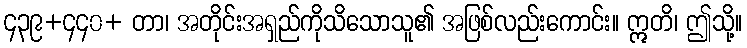
၄၃၉+၄၄၀+ တာ၊ အတိုင်းအရှည်ကိုသိသောသူ၏ အဖြစ်လည်းကောင်း။ ဣတိ၊ ဤသို့။